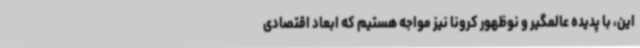
این، با پدیده عالمگیر و نوظهور کرونا نیز مواجه هستیم که ابعاد اقتصادی